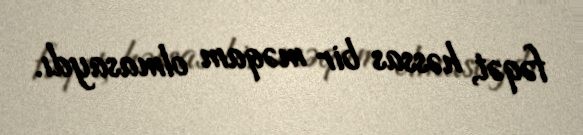
fəqət, həssas bir məqam olmasaydı.